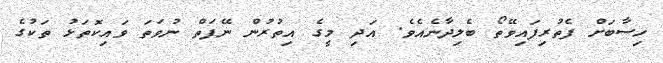
ހިސާބަށް ފެތުރިފައިވޭތޯ ބެލިދާނެއެވެ. އަދި މީގެ އިތުރުން ނޭފަތް ނުވަތަ ވައިކޮތަޅު ތަކުގެ